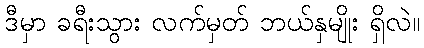
ဒီမှာ ခရီးသွား လက်မှတ် ဘယ်နှမျိုး ရှိလဲ။